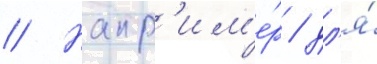
// Напр'им'е́р / дл'я́